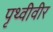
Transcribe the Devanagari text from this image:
पृथ्वीवीर